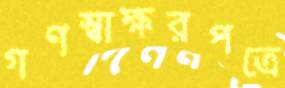
গণস্বাক্ষরপত্রে